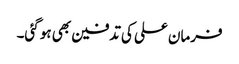
فرمان علی کی تدفین بھی ہو گئی۔